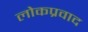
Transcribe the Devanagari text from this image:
लोकप्रवाद